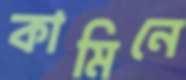
কামিনে